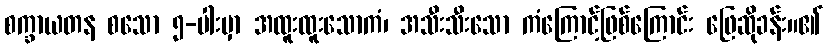
စက္ခာယတန စသော ၅-ပါးမှာ အထူးထူးသောကံ၊ အသီးသီးသော ကံကြောင့်ဖြစ်ကြောင်း ဖြေဆိုခန်း။၏